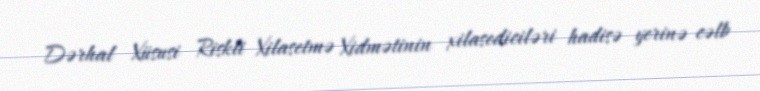
Dərhal Xüsusi Riskli Xilasetmə Xidmətinin xilasediciləri hadisə yerinə cəlb